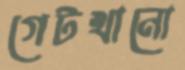
গেটখানো